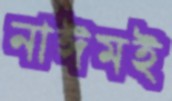
নাঈমই